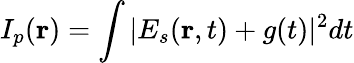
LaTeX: I_{p}(\mathbf{r})=\int|E_{s}(\mathbf{r},t)+g(t)|^{2}dt